Madras plague regulations and rules - Volume 2
Disease focus: Plague
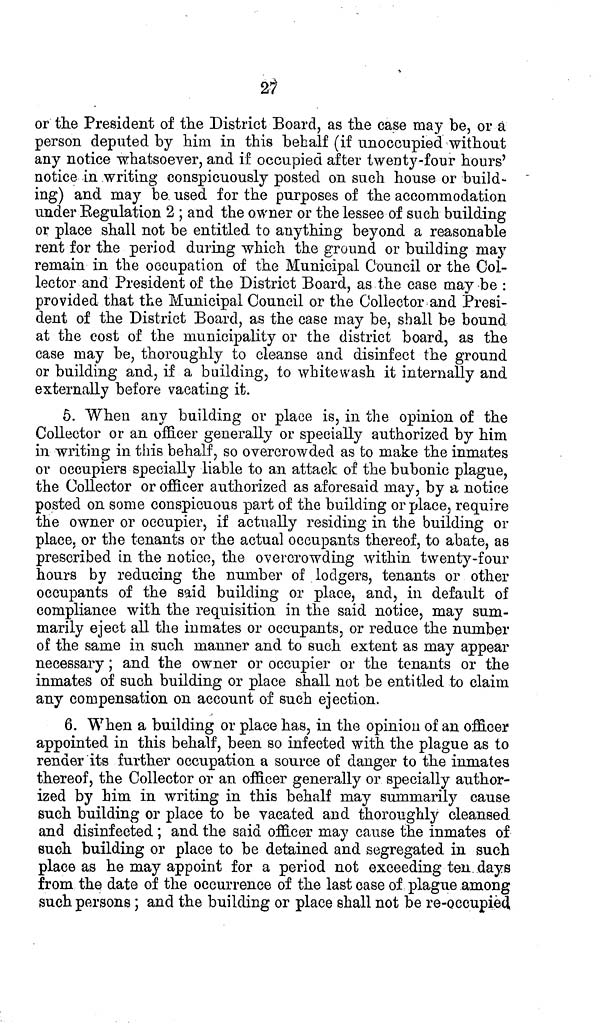
27
or the President of the District Board, as the case may be, or a
person deputed by him in this behalf (if unoccupied without
any notice whatsoever, and if occupied after twenty-four hours'
notice in writing conspicuously posted on such house or build-
ing) and may be used for the purposes of the accommodation
under Regulation 2 ; and the owner or the lessee of such building
or place shall not be entitled to anything beyond a reasonable
rent for the period during which the ground or building may
remain in the occupation of the Municipal Council or the Col-
lector and President of the District Board, as the case may be :
provided that the Municipal Council or the Collector and Presi-
dent of the District Board, as the case may be, shall be bound
at the cost of the municipality or the district board, as the
case may be, thoroughly to cleanse and disinfect the ground
or building and, if a building, to whitewash it internally and
externally before vacating it.
5. When any building or place is, in the opinion of the
Collector or an officer generally or specially authorized by him
in writing in this behalf, so overcrowded as to make the inmates
or occupiers specially liable to an attack of the bubonic plague,
the Collector or officer authorized as aforesaid may, by a notice
posted on some conspicuous part of the building or place, require
the owner or occupier, if actually residing in the building or
place, or the tenants or the actual occupants thereof, to abate, as
prescribed in the notice, the overcrowding within twenty-four
hours by reducing the number of lodgers, tenants or other
occupants of the said building or place, and, in default of
compliance with the requisition in the said notice, may sum-
marily eject all the inmates or occupants, or reduce the number
of the same in such manner and to such extent as may appear
necessary; and the owner or occupier or the tenants or the
inmates of such building or place shall not be entitled to claim
any compensation on account of such ejection.
6. When a building or place has, in the opinion of an officer
appointed in this behalf, been so infected with the plague as to
render its further occupation a source of danger to the inmates
thereof, the Collector or an officer generally or specially author-
ized by him in writing in this behalf may summarily cause
such building or place to be vacated and thoroughly cleansed
and disinfected ; and the said officer may cause the inmates of
such building or place to be detained and segregated in such
place as he may appoint for a period not exceeding ten days
from the date of the occurrence of the last case of plague among
such persons; and the building or place shall not be re-occupied